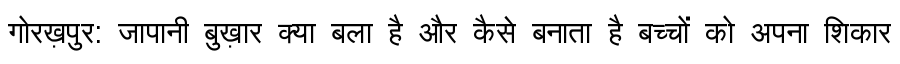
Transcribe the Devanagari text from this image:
गोरख़पुर: जापानी बुख़ार क्या बला है और कैसे बनाता है बच्चों को अपना शिकार